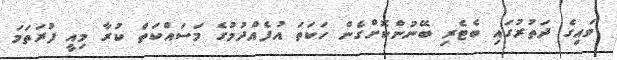
ވައިގެ ދަތުރުގައި ބެޓެރި ބޭނުންކޮށްގެން ހަކަތަ އުފެއްދުމުގެ މަސައްކަތް ކުރާ މިއީ ފުރަތަމަ